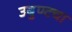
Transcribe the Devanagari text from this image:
उबुण्टचा